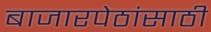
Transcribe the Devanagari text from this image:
बाजारपेठांसाठी